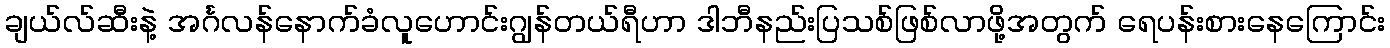
ချယ်လ်ဆီးနဲ့ အင်္ဂလန်နောက်ခံလူဟောင်းဂျွန်တယ်ရီဟာ ဒါဘီနည်းပြသစ်ဖြစ်လာဖို့အတွက် ရေပန်းစားနေကြောင်း